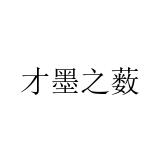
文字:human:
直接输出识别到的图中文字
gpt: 才墨之薮